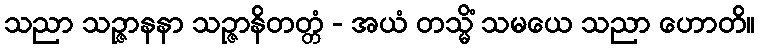
သညာ သဉ္ဇာနနာ သဉ္ဇာနိတတ္တံ - အယံ တသ္မိံ သမယေ သညာ ဟောတိ။